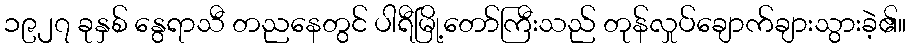
၁၉၂၇ ခုနှစ် နွေရာသီ တညနေတွင် ပါရီမြို့တော်ကြီးသည် တုန်လှုပ်ချောက်ချားသွားခဲ့၏။